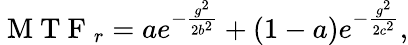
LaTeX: \mathrm{~M~T~F~}_{r}=ae^{-\frac{g^{2}}{2b^{2}}}+(1-a)e^{-\frac{g^{2}}{2c^{2}}},